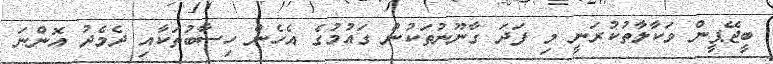
ބީޖޭޕީން ވަކާލާތުކުރަނީ މި ފަދަ ގާނޫނުތަކުން ގައުމުގެ އެހެން ހިސާބުތަކާއި ދެމެދު އޮންނަ